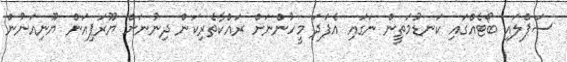
ސަޕްލައި ބޯޓެއްގައި ކަނޑުމަތީން ނަގައި އެފަދަ މީހުންނަށް ރައްކާތެރިކަން ދިނުނަށް ޔޫރަޕިއަން ޔޫނިއަނުން